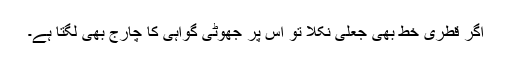
اگر قطری خط بھی جعلی نکلا تو اس پر جھوٹی گواہی کا چارج بھی لگتا ہے۔